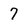
Character: 7